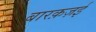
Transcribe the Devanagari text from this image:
बारक़ज़ई